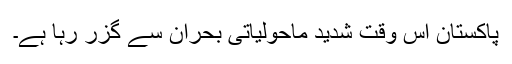
پاکستان اس وقت شدید ماحولیاتی بحران سے گزر رہا ہے۔